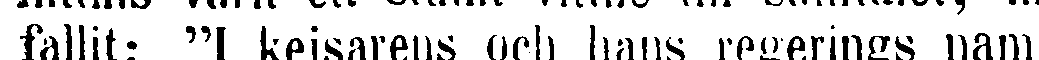
fallit: "I kejsarens och hans regerings namn